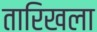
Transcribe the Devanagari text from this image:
तारिखला